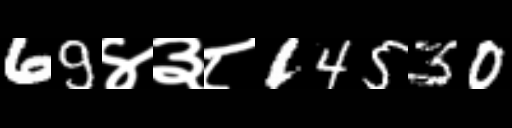
Text: 69४३८14530